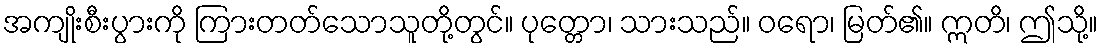
အကျိုးစီးပွားကို ကြားတတ်သောသူတို့တွင်။ ပုတ္တော၊ သားသည်။ ဝရော၊ မြတ်၏။ ဣတိ၊ ဤသို့။